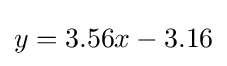
y=3.56x-3.16